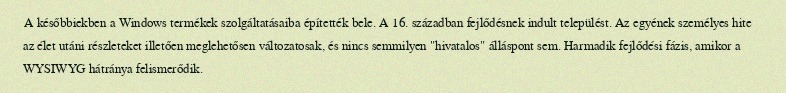
A későbbiekben a Windows termékek szolgáltatásaiba építették bele. A 16. században fejlődésnek indult települést. Az egyének személyes hite az élet utáni részleteket illetően meglehetősen változatosak, és nincs semmilyen "hivatalos" álláspont sem. Harmadik fejlődési fázis, amikor a WYSIWYG hátránya felismerődik.